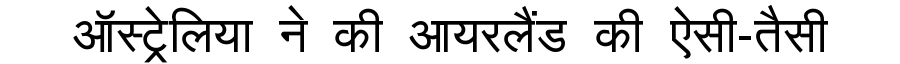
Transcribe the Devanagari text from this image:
ऑस्ट्रेलिया ने की आयरलैंड की ऐसी-तैसी